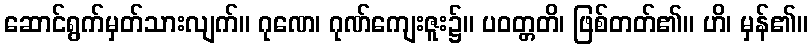
ဆောင်ရွက်မှတ်သားလျက်။ ဂုဏေ၊ ဂုဏ်ကျေးဇူး၌။ ပဝတ္တတိ၊ ဖြစ်တတ်၏။ ဟိ၊ မှန်၏။